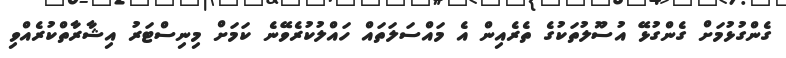
ގެންގުޅުމަށް ގެންގުޅޭ އުސޫލުތަކުގެ ތެރެއިން އެ މައްސަލަތައް ހައްލުކުރެވޭނެ ކަމަށް މިނިސްޓަރު އިޝާރާތްކުރެއްވި